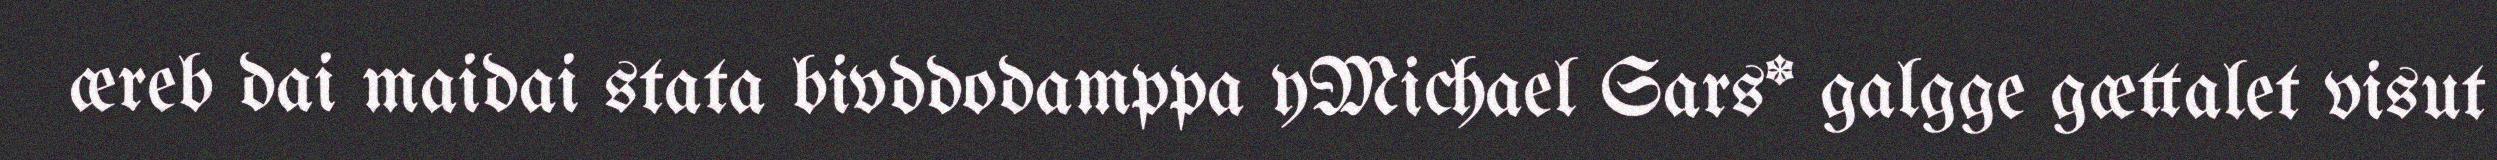
æreb dai maidai stata bivddodamppa yMichael Sars* galgge gættalet visut